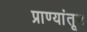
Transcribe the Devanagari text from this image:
प्राण्यांतून